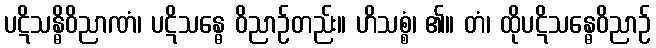
ပဋိသန္ဓိဝိညာဏံ၊ ပဋိသန္ဓေ ဝိညာဉ်တည်း။ ဟိသစ္စံ၊ ၏။ တံ၊ ထိုပဋိသန္ဓေဝိညာဉ်